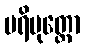
ပရိမုတ္တော